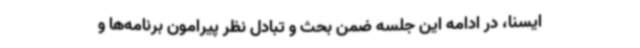
ایسنا، در ادامه این جلسه ضمن بحث و تبادل نظر پیرامون برنامه‌ها و